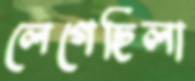
লেগেছিলা